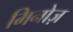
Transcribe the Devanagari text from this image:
मिनोज़